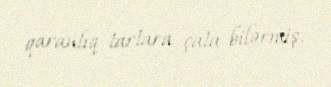
qaranlıq tartara çata bilərmiş.